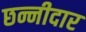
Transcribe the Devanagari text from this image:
छन्नीदार